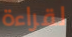
لقراءة